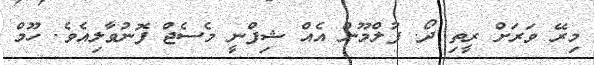
މިރޭ ވަރަށް ރީތި ދޯ. ފުލްމޫން އެއް ޝިފްނީ މެސެޖް ފޮނުވާލިއެވެ. ހޫމް